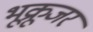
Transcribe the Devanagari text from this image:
भूक्रूजर